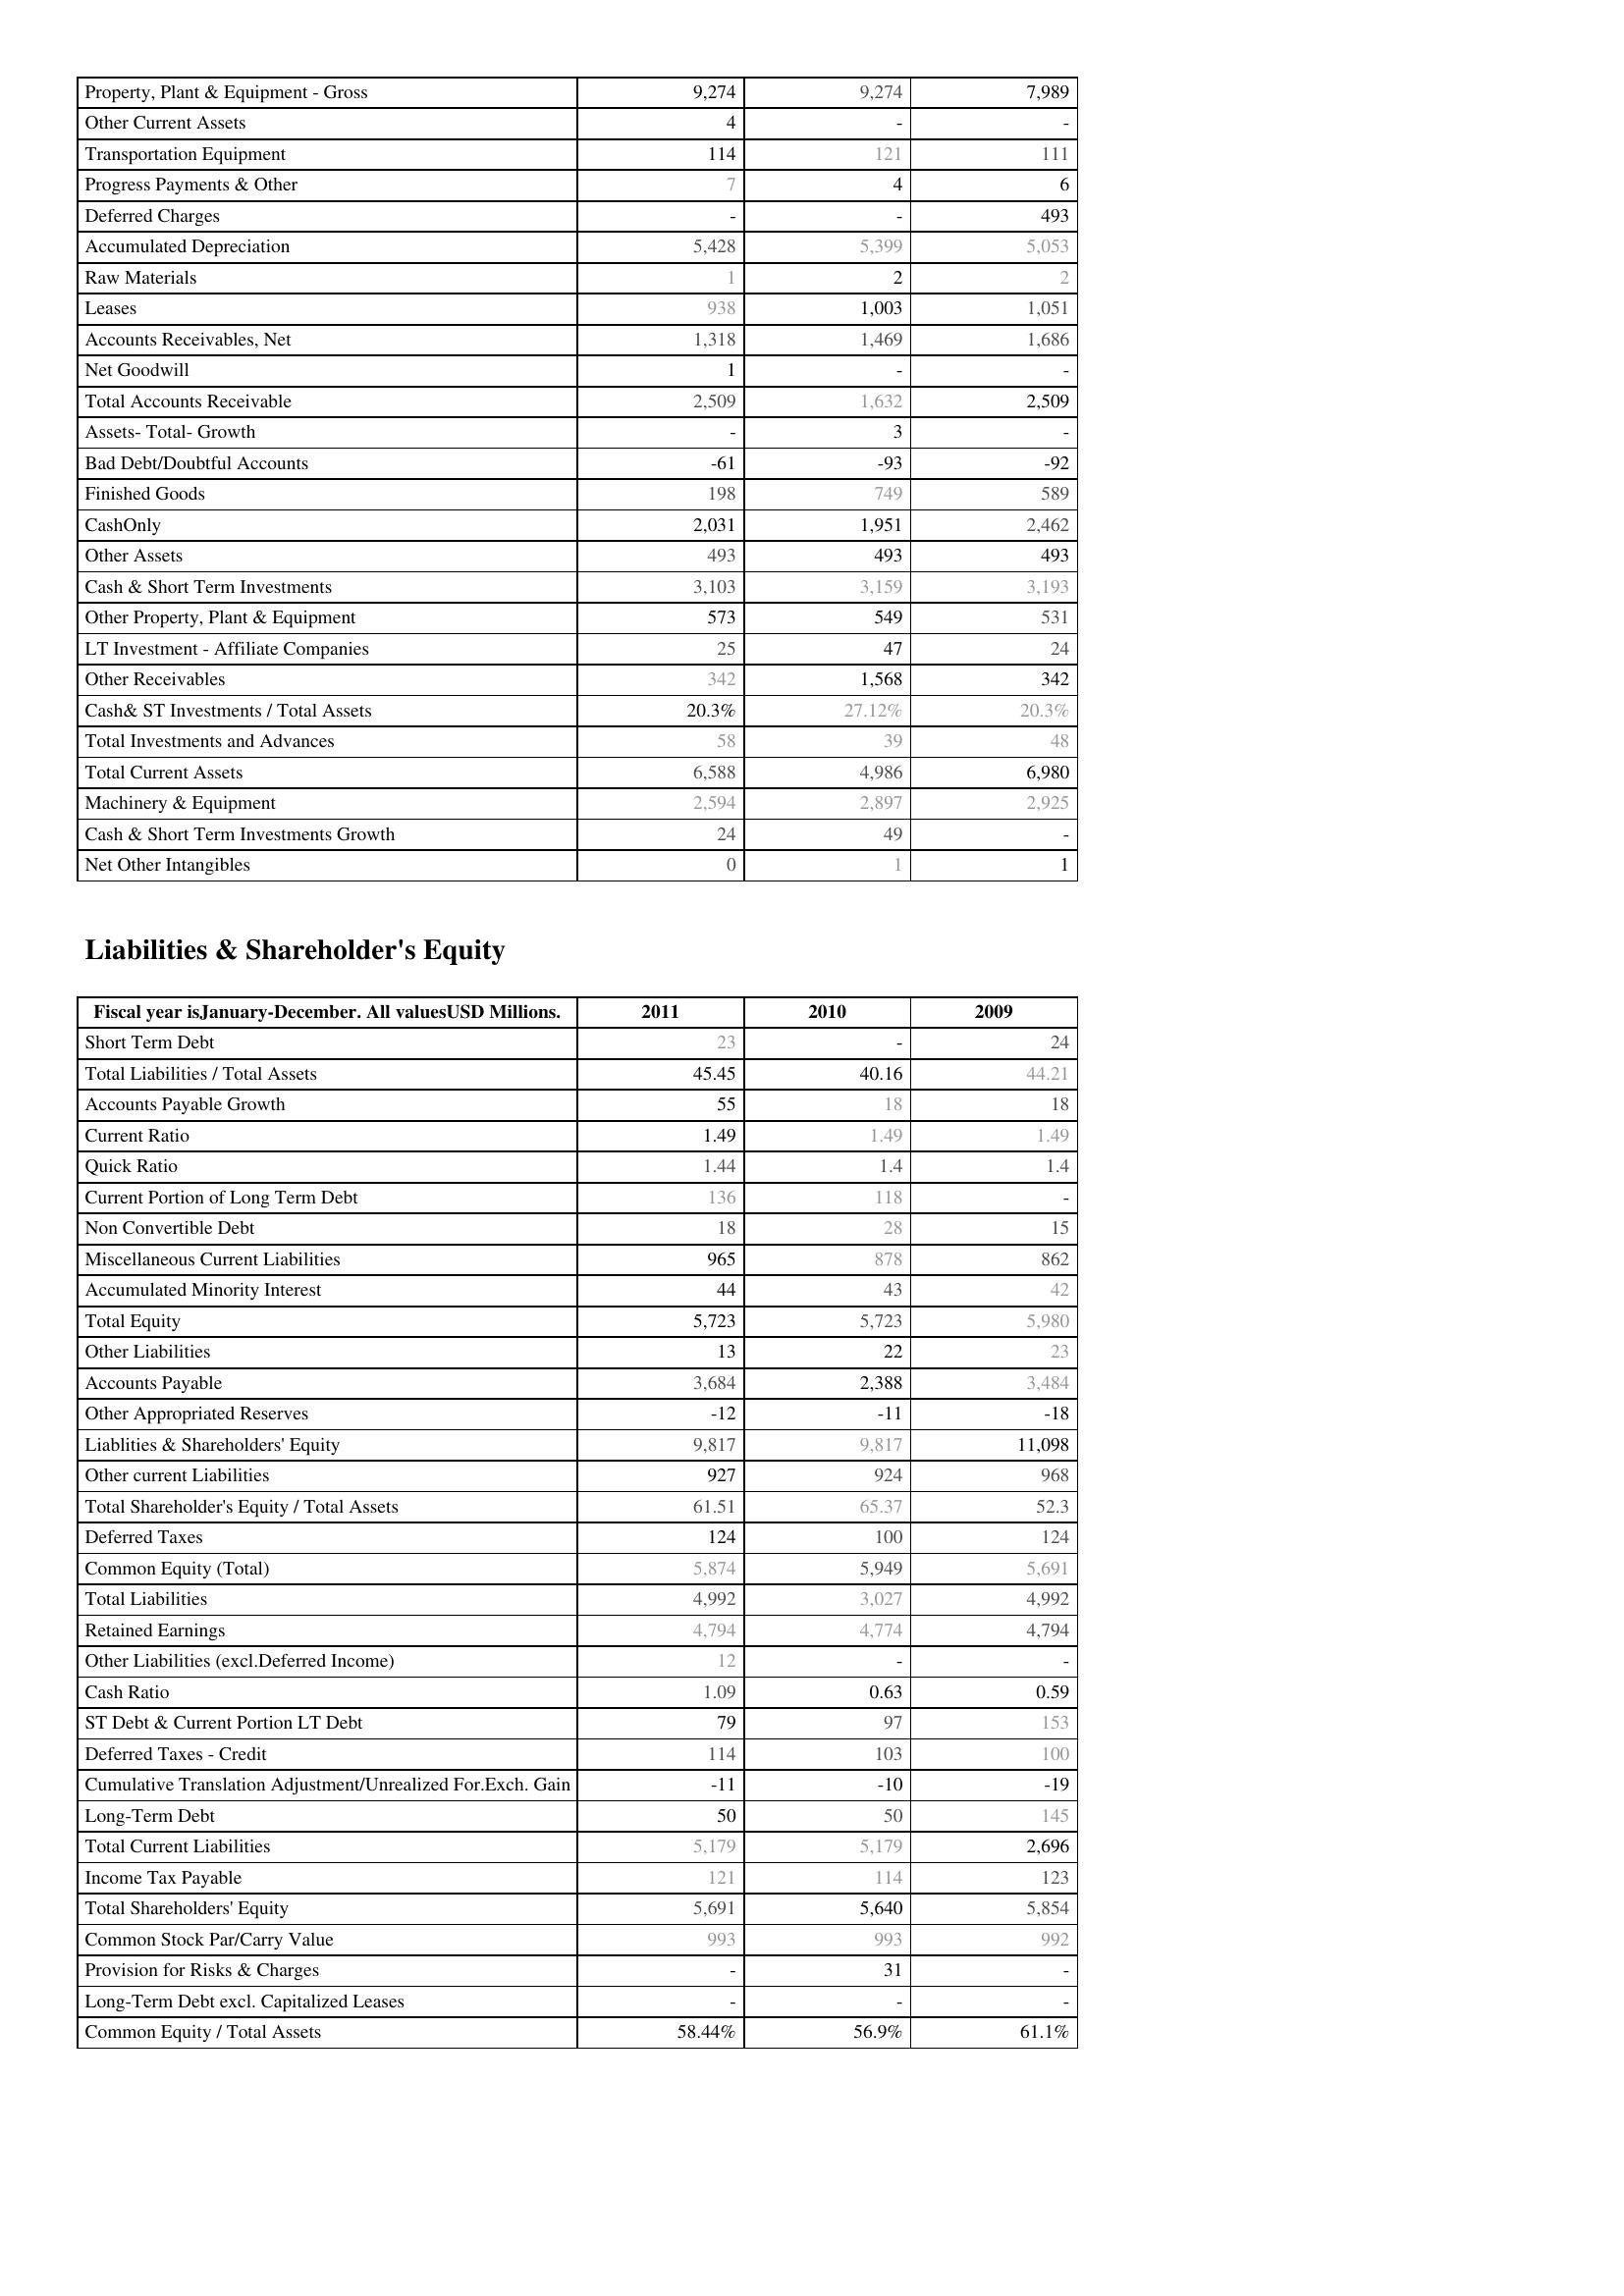
2011: Assets: Property, Plant & Equipment - Gross : 9,274
Other Current Assets: 4
Transportation Equipment: 114
Progress Payments & Other: 7
Deferred Charges: -
Accumulated Depreciation: 5,428
Raw Materials: 1
Leases: 938
Accounts Receivables, Net: 1,318
Net Goodwill: 1
Total Accounts Receivable: 2,509
Assets- Total- Growth: -
Bad Debt/Doubtful Accounts: -61
Finished Goods: 198
CashOnly: 2,031
Other Assets: 493
Cash & Short Term Investments: 3,103
Other Property, Plant & Equipment: 573
LT Investment - Affiliate Companies: 25
Other Receivables: 342
Cash& ST Investments / Total Assets: 20.3%
Total Investments and Advances: 58
Total Current Assets: 6,588
Machinery & Equipment: 2,594
Cash & Short Term Investments Growth: 24
Net Other Intangibles: 0
Liabilities & Shareholder's Equity: Short Term Debt: 23
Total Liabilities / Total Assets: 45.45
Accounts Payable Growth: 55
Current Ratio: 1.49
Quick Ratio: 1.44
Current Portion of Long Term Debt: 136
Non Convertible Debt: 18
Miscellaneous Current Liabilities: 965
Accumulated Minority Interest: 44
Total Equity: 5,723
Other Liabilities: 13
Accounts Payable: 3,684
Other Appropriated Reserves: -12
Liablities & Shareholders' Equity: 9,817
Other current Liabilities: 927
Total Shareholder's Equity / Total Assets: 61.51
Deferred Taxes: 124
Common Equity (Total): 5,874
Total Liabilities: 4,992
Retained Earnings: 4,794
Other Liabilities (excl.Deferred Income): 12
Cash Ratio: 1.09
ST Debt & Current Portion LT Debt: 79
Deferred Taxes - Credit: 114
Cumulative Translation Adjustment/Unrealized For.Exch. Gain: -11
Long-Term Debt: 50
Total Current Liabilities: 5,179
Income Tax Payable: 121
Total Shareholders' Equity: 5,691
Common Stock Par/Carry Value: 993
Provision for Risks & Charges: -
Long-Term Debt excl. Capitalized Leases: -
Common Equity / Total Assets: 58.44%
2010: Assets: Property, Plant & Equipment - Gross : 9,274
Other Current Assets: -
Transportation Equipment: 121
Progress Payments & Other: 4
Deferred Charges: -
Accumulated Depreciation: 5,399
Raw Materials: 2
Leases: 1,003
Accounts Receivables, Net: 1,469
Net Goodwill: -
Total Accounts Receivable: 1,632
Assets- Total- Growth: 3
Bad Debt/Doubtful Accounts: -93
Finished Goods: 749
CashOnly: 1,951
Other Assets: 493
Cash & Short Term Investments: 3,159
Other Property, Plant & Equipment: 549
LT Investment - Affiliate Companies: 47
Other Receivables: 1,568
Cash& ST Investments / Total Assets: 27.12%
Total Investments and Advances: 39
Total Current Assets: 4,986
Machinery & Equipment: 2,897
Cash & Short Term Investments Growth: 49
Net Other Intangibles: 1
Liabilities & Shareholder's Equity: Short Term Debt: -
Total Liabilities / Total Assets: 40.16
Accounts Payable Growth: 18
Current Ratio: 1.49
Quick Ratio: 1.4
Current Portion of Long Term Debt: 118
Non Convertible Debt: 28
Miscellaneous Current Liabilities: 878
Accumulated Minority Interest: 43
Total Equity: 5,723
Other Liabilities: 22
Accounts Payable: 2,388
Other Appropriated Reserves: -11
Liablities & Shareholders' Equity: 9,817
Other current Liabilities: 924
Total Shareholder's Equity / Total Assets: 65.37
Deferred Taxes: 100
Common Equity (Total): 5,949
Total Liabilities: 3,027
Retained Earnings: 4,774
Other Liabilities (excl.Deferred Income): -
Cash Ratio: 0.63
ST Debt & Current Portion LT Debt: 97
Deferred Taxes - Credit: 103
Cumulative Translation Adjustment/Unrealized For.Exch. Gain: -10
Long-Term Debt: 50
Total Current Liabilities: 5,179
Income Tax Payable: 114
Total Shareholders' Equity: 5,640
Common Stock Par/Carry Value: 993
Provision for Risks & Charges: 31
Long-Term Debt excl. Capitalized Leases: -
Common Equity / Total Assets: 56.9%
2009: Assets: Property, Plant & Equipment - Gross : 7,989
Other Current Assets: -
Transportation Equipment: 111
Progress Payments & Other: 6
Deferred Charges: 493
Accumulated Depreciation: 5,053
Raw Materials: 2
Leases: 1,051
Accounts Receivables, Net: 1,686
Net Goodwill: -
Total Accounts Receivable: 2,509
Assets- Total- Growth: -
Bad Debt/Doubtful Accounts: -92
Finished Goods: 589
CashOnly: 2,462
Other Assets: 493
Cash & Short Term Investments: 3,193
Other Property, Plant & Equipment: 531
LT Investment - Affiliate Companies: 24
Other Receivables: 342
Cash& ST Investments / Total Assets: 20.3%
Total Investments and Advances: 48
Total Current Assets: 6,980
Machinery & Equipment: 2,925
Cash & Short Term Investments Growth: -
Net Other Intangibles: 1
Liabilities & Shareholder's Equity: Short Term Debt: 24
Total Liabilities / Total Assets: 44.21
Accounts Payable Growth: 18
Current Ratio: 1.49
Quick Ratio: 1.4
Current Portion of Long Term Debt: -
Non Convertible Debt: 15
Miscellaneous Current Liabilities: 862
Accumulated Minority Interest: 42
Total Equity: 5,980
Other Liabilities: 23
Accounts Payable: 3,484
Other Appropriated Reserves: -18
Liablities & Shareholders' Equity: 11,098
Other current Liabilities: 968
Total Shareholder's Equity / Total Assets: 52.3
Deferred Taxes: 124
Common Equity (Total): 5,691
Total Liabilities: 4,992
Retained Earnings: 4,794
Other Liabilities (excl.Deferred Income): -
Cash Ratio: 0.59
ST Debt & Current Portion LT Debt: 153
Deferred Taxes - Credit: 100
Cumulative Translation Adjustment/Unrealized For.Exch. Gain: -19
Long-Term Debt: 145
Total Current Liabilities: 2,696
Income Tax Payable: 123
Total Shareholders' Equity: 5,854
Common Stock Par/Carry Value: 992
Provision for Risks & Charges: -
Long-Term Debt excl. Capitalized Leases: -
Common Equity / Total Assets: 61.1%